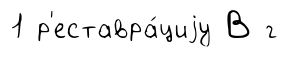
1 р'еставра́циjу В г